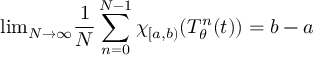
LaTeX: { \mathrm { l i m } } _ { N \to \infty } { \frac { 1 } { N } } \sum _ { n = 0 } ^ { N - 1 } \chi _ { [ a , b ) } ( T _ { \theta } ^ { n } ( t ) ) = b - a